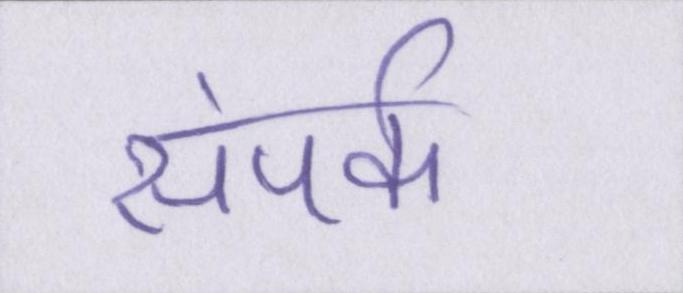
संपर्क